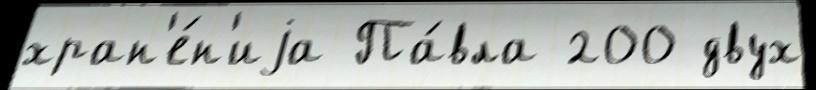
хран'е́н'иjа Па́вла 200 двух